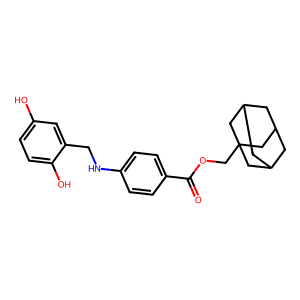
SMILES: O=C(OCC12CC3CC(CC(C3)C1)C2)c1ccc(NCc2cc(O)ccc2O)cc1
Inhibits HIV replication: No